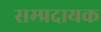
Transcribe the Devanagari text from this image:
सम्‍प्रदायक